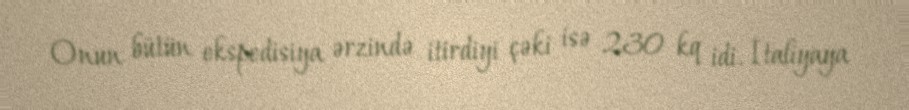
Onun bütün ekspedisiya ərzində itirdiyi çəki isə 230 kq idi. İtaliyaya